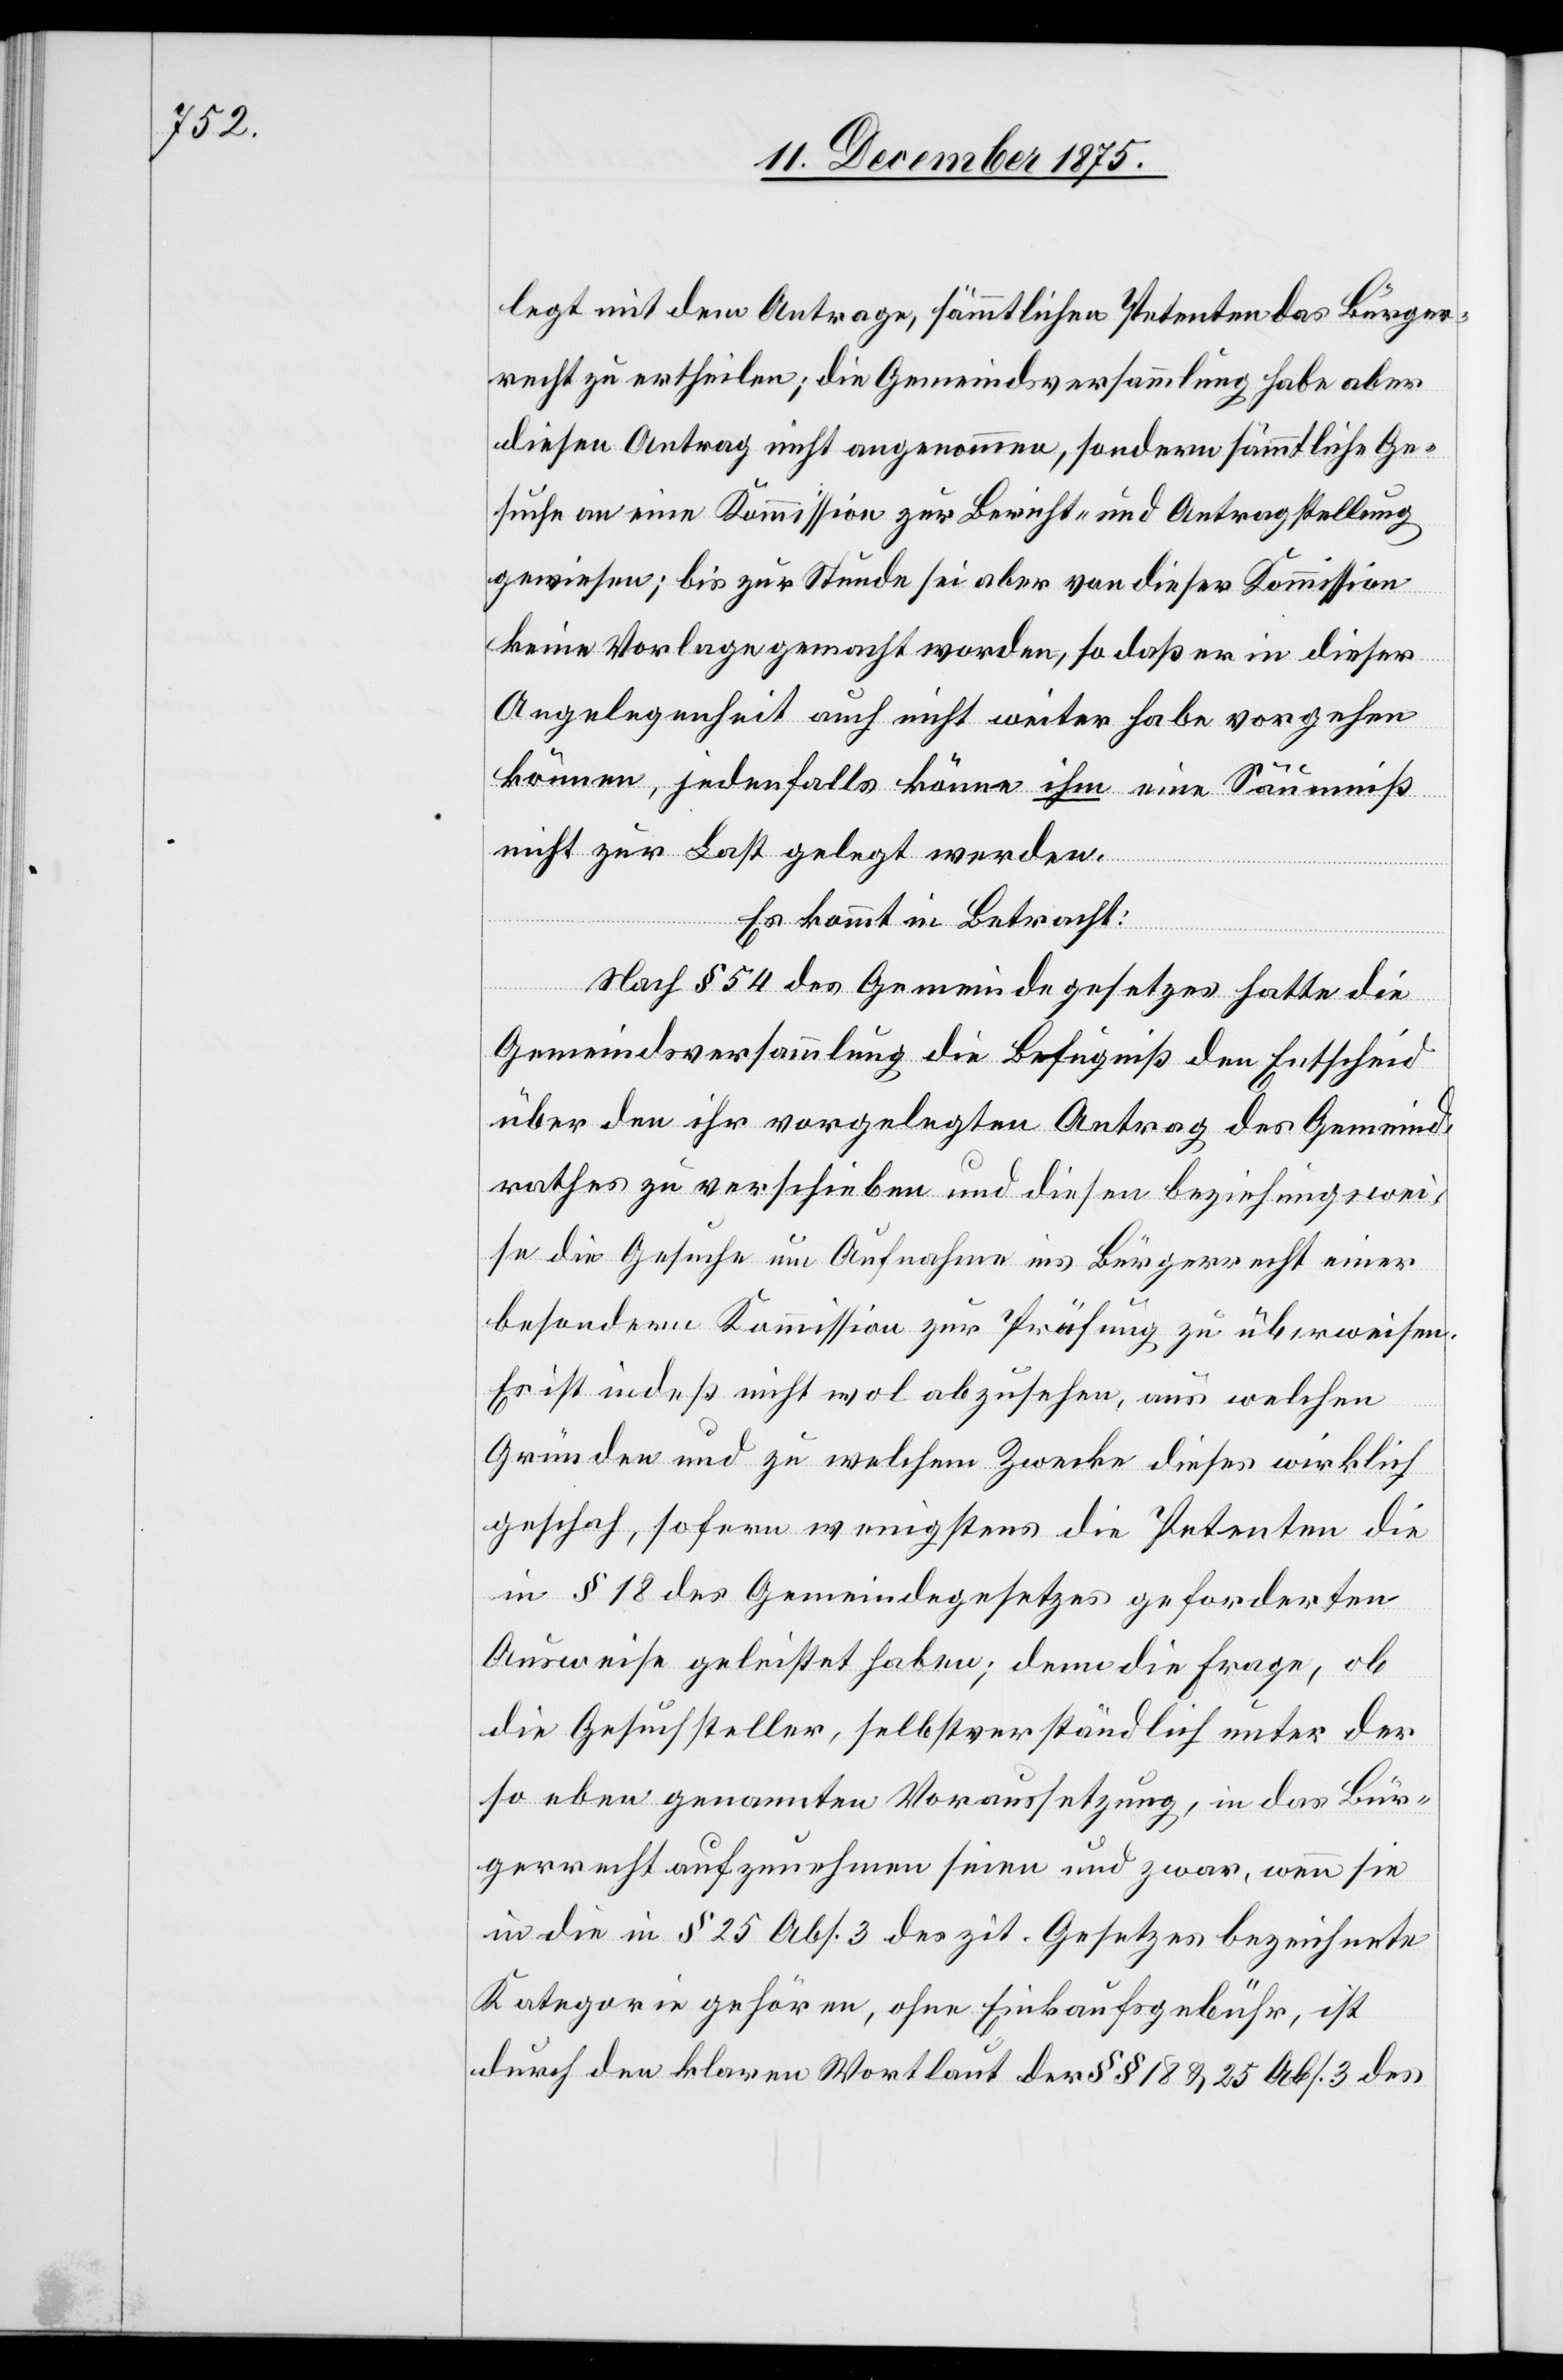
legt mit dem Antrage, sämmtlichen Petenten das Bürger¬
recht zu ertheilen; die Gemeindsversammlung habe aber
diesen Antrag nicht angenommen, sondern sämmtliche Ge¬
suche an eine Kommission zur Bericht- und Antragstellung
gewiesen; bis zur Stunde sei aber von dieser Kommission
keine Vorlage gemacht worden, so daß er in dieser
Angelegenheit auch nicht weiter habe vorgehen
können, jedenfalls könne ihm eine Säumniß
nicht zur Last gelegt werden.
Es kommt in Betracht:
Nach § 54 des Gemeindegesetzes hatte die
Gemeindsversammlung die Befugniß den Entscheid
über den ihr vorgelegten Antrag des Gemeind¬
rathes zu verschieben und diesen beziehungswei¬
se die Gesuche um Aufnahme ins Bürgerrecht einer
besondern Kommission zur Prüfung zu überweisen.
Es ist indeß nicht wol abzusehen, aus welchen
Gründen und zu welchem Zwecke dieses wirklich
geschah, sofern wenigstens die Petenten die
in § 18 des Gemeindegesetzes geforderten
Ausweise geleistet haben; denn die Frage, ob
die Gesuchsteller, selbstverständlich unter den
so eben genannten Voraussetzung, in das Bür¬
gerrecht aufzunehmen seien und zwar, wenn sie
in die in § 25 Abs. 3 des zit. Gesetzes bezeichnete
Kategorie gehören, ohne Einkaufsgebühr, ist
durch den klaren Wortlaut der §§ 18 & Abs. 3 des